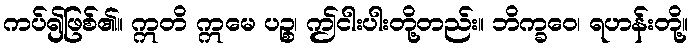
ကပ်၍ဖြစ်၏။ ဣတိ ဣမေ ပဉ္စ၊ ဤငါးပါးတို့တည်း။ ဘိက္ခဝေ၊ ရဟန်းတို့။